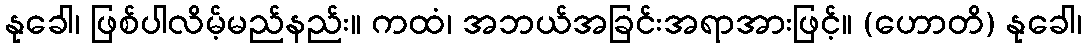
နုခေါ၊ ဖြစ်ပါလိမ့်မည်နည်း။ ကထံ၊ အဘယ်အခြင်းအရာအားဖြင့်။ (ဟောတိ) နုခေါ၊